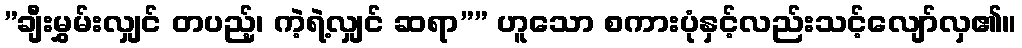
”ချီးမွှမ်းလျှင် တပည့်၊ ကဲ့ရဲ့လျှင် ဆရာ”” ဟူသော စကားပုံနှင့်လည်းသင့်လျော်လှ၏။